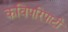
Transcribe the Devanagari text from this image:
कविपरिपाटी